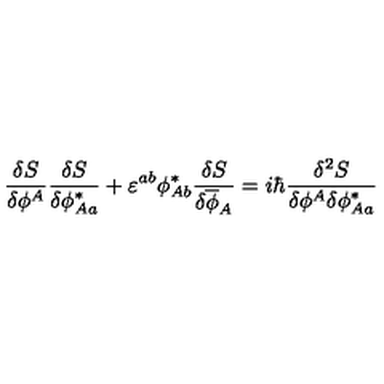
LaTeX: \frac { \delta S } { \delta \phi ^ { A } } \frac { \delta S } { \delta \phi _ { A a } ^ { \ast } } + \varepsilon ^ { a b } \phi _ { A b } ^ { \ast } \frac { \delta S } { \delta \overline { { \phi } } _ { A } } = i \hbar \frac { \delta ^ { 2 } S } { \delta \phi ^ { A } \delta \phi _ { A a } ^ { \ast } }